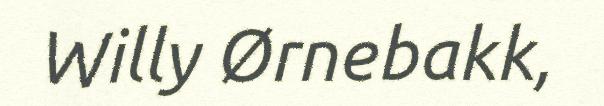
Willy Ørnebakk,